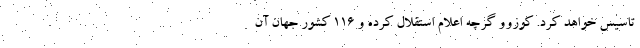
تاسیس خواهد کرد. کوزوو گرچه اعلام استقلال کرده و 116 کشور جهان آن